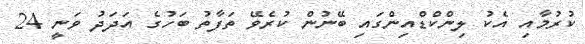
ކުރުމާއި އެކު ލިންކްޑްއިންގައި ބޭނުން ކުރެވޭ ތަފާތު ބަހުގެ އަދަދު ވަނީ 24